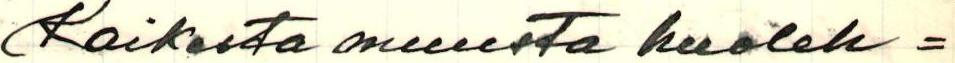
Kaikesta muusta huoleh=